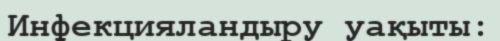
Инфекцияландыру уақыты: